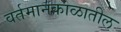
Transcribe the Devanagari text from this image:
वर्तमानकाळातील